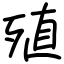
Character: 殖